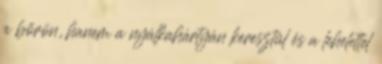
a bőrön, hanem a nyálkahártyán keresztül és a lehelettel